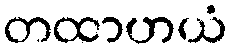
တထာဟယံ